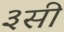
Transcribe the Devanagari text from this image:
३सी